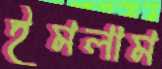
ইমলাম